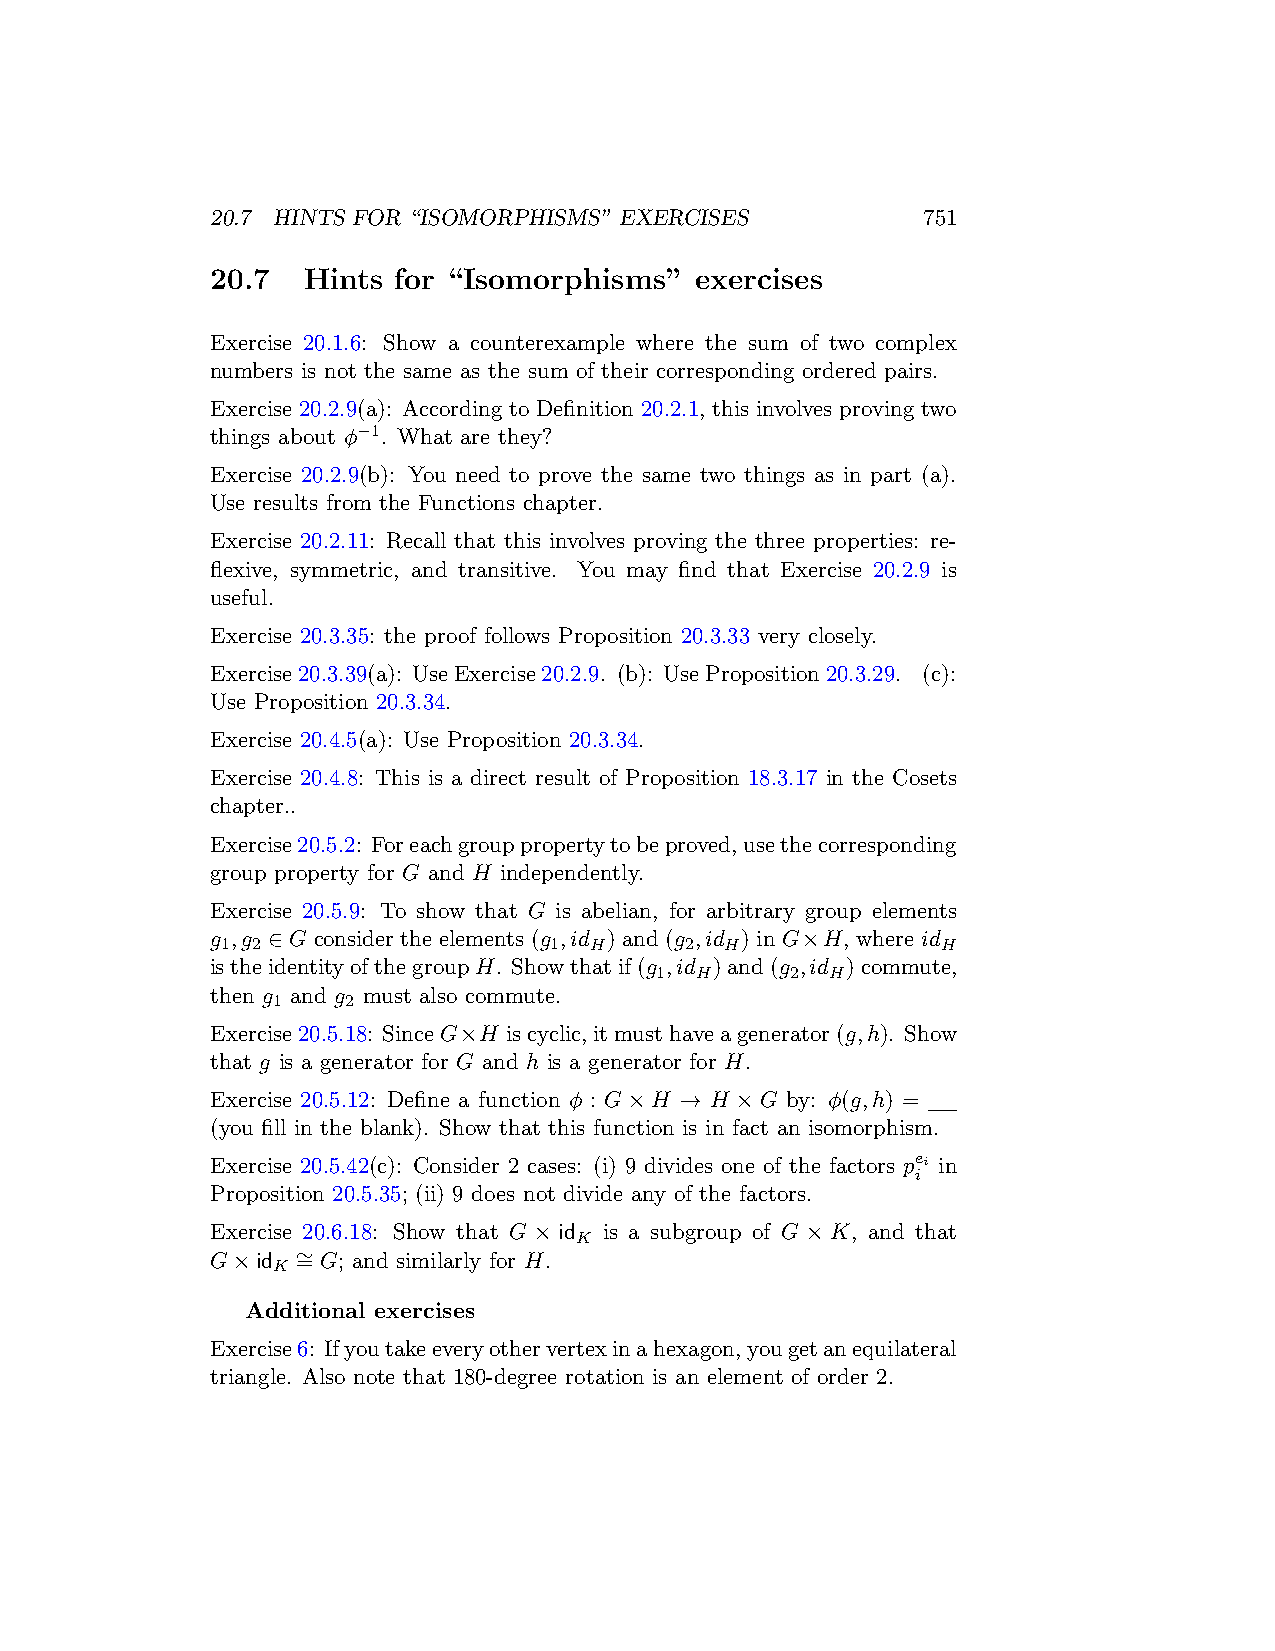
20.7 HINTS FOR “ISOMORPHISMS” EXERCISES        751
 20.7  Hints for “Isomorphisms”  exercises
 Exercise 20.1.6: Show a counterexample where the sum of two complex
 numbers is not the same as the sum of their corresponding ordered pairs.
 Exercise 20.2.9(a): According to Definition 20.2.1, this involves proving two
 things about ϕ−1. What are they?
 Exercise 20.2.9(b): You need to prove the same two things as in part (a).
 Use results from the Functions chapter.
 Exercise 20.2.11: Recall that this involves proving the three properties: re-
 flexive, symmetric, and transitive. You may find that Exercise 20.2.9 is
 useful.
 Exercise 20.3.35: the proof follows Proposition 20.3.33 very closely.
 Exercise20.3.39(a): UseExercise20.2.9. (b): UseProposition20.3.29. (c):
 Use Proposition 20.3.34.
 Exercise 20.4.5(a): Use Proposition 20.3.34.
 Exercise 20.4.8: This is a direct result of Proposition 18.3.17 in the Cosets
 chapter..
 Exercise20.5.2: Foreachgrouppropertytobeproved,usethecorresponding
 group property for G and H independently.
 Exercise 20.5.9: To show that G is abelian, for arbitrary group elements
 g ,g ∈ G consider the elements (g ,id ) and (g ,id ) in G×H, where id
 1 2                  1  H     2  H             H
 istheidentityofthegroupH. Showthatif(g ,id )and(g ,id )commute,
 1  H     2  H
 then g and g must also commute.
 1    2
 Exercise20.5.18: SinceG×H iscyclic,itmusthaveagenerator(g,h). Show
 that g is a generator for G and h is a generator for H.
 Exercise 20.5.12: Define a function ϕ : G×H → H ×G by: ϕ(g,h) =
 (you fill in the blank). Show that this function is in fact an isomorphism.
 Exercise 20.5.42(c): Consider 2 cases: (i) 9 divides one of the factors pei in
 i
 Proposition 20.5.35; (ii) 9 does not divide any of the factors.
 Exercise 20.6.18: Show that G × id is a subgroup of G × K, and that
 K
 ∼
 G×id  = G; and similarly for H.
 K
 Additional exercises
 Exercise6: Ifyoutakeeveryothervertexinahexagon,yougetanequilateral
 triangle. Also note that 180-degree rotation is an element of order 2.